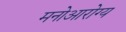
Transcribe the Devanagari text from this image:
मनोआरोग्य